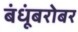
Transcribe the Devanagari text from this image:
बंधूंबरोबर